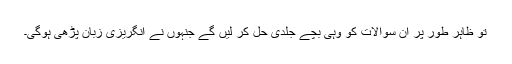
تو ظاہر طور پر ان سوالات کو وہی بچے جلدی حل کر لیں گے جنہوں نے انگریزی زبان پڑھی ہوگی۔